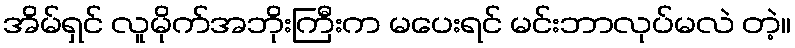
အိမ်ရှင် လူမိုက်အဘိုးကြီးက မပေးရင် မင်းဘာလုပ်မလဲ တဲ့။